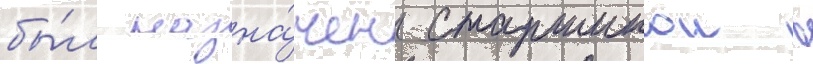
бы́л назна́чен старшинои в